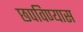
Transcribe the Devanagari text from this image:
छपविण्यास